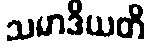
သမာဒိယတိ